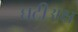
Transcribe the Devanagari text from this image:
घटीअक्ष